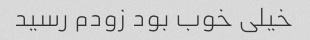
خیلی خوب بود زودم رسید